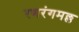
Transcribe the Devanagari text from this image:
रणरंगमल्ल